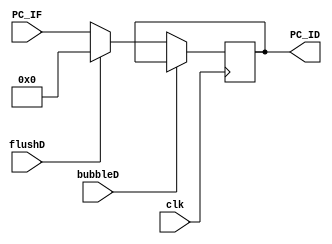
`timescale 1ns / 1ps
//////////////////////////////////////////////////////////////////////////////////
// Company: USTC ESLAB
// 
// Design Name: RV32I Core
// Module Name: PC ID Seg Reg
// Tool Versions: Vivado 2017.4.1
// Description: PC seg reg for IF\ID
// 
//////////////////////////////////////////////////////////////////////////////////


//  
    // IF\IDPC
// 
    // clk               
    // PC_IF             PC
    // bubbleD           IDbubble
    // flushD            IDflush
// 
    // PC_ID             PC
//   
    // 

module PC_ID(
    input wire clk, bubbleD, flushD,
    input wire [31:0] PC_IF,
    output reg [31:0] PC_ID
    );

    initial PC_ID = 0;
    
    always@(posedge clk)
        if (!bubbleD) 
        begin
            if (flushD)
                PC_ID <= 0;
            else 
                PC_ID <= PC_IF;
        end
    
endmodule